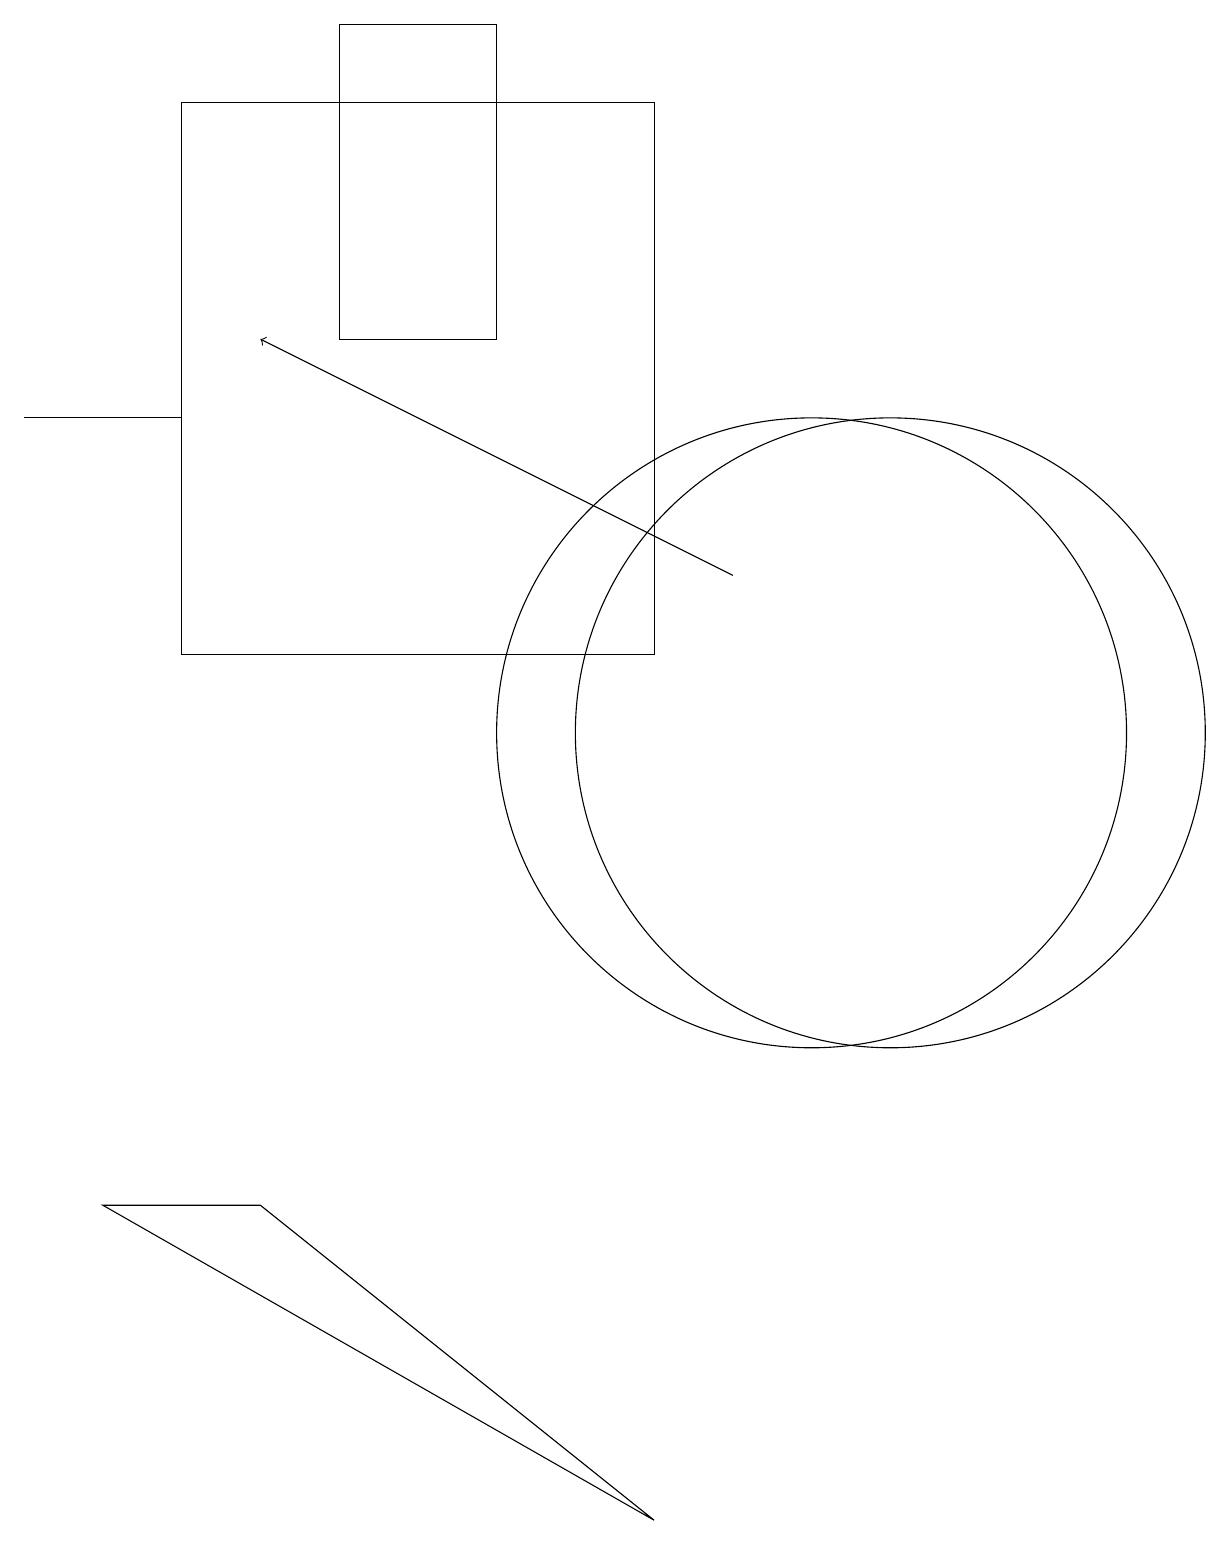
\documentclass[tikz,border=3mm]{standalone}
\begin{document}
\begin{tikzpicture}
\draw (4,19) rectangle (6,15);
\draw (10,10) circle (4);
\draw[->] (9,12) -- (3,15);
\draw (2,14) rectangle (0,14);
\draw (2,11) rectangle (8,18);
\draw (3,4) -- (8,0) -- (1,4) -- cycle;
\draw (11,10) circle (4);
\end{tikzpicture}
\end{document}